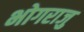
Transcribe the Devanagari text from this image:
भोगराजु